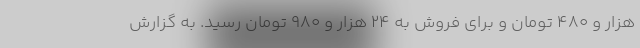
هزار و ۴۸۰ تومان و برای فروش به ۲۴ هزار و ۹۸۰ تومان رسید. به گزارش